Source: Handwritten
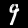
Digit: ၄ (4)